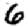
Digit: 6